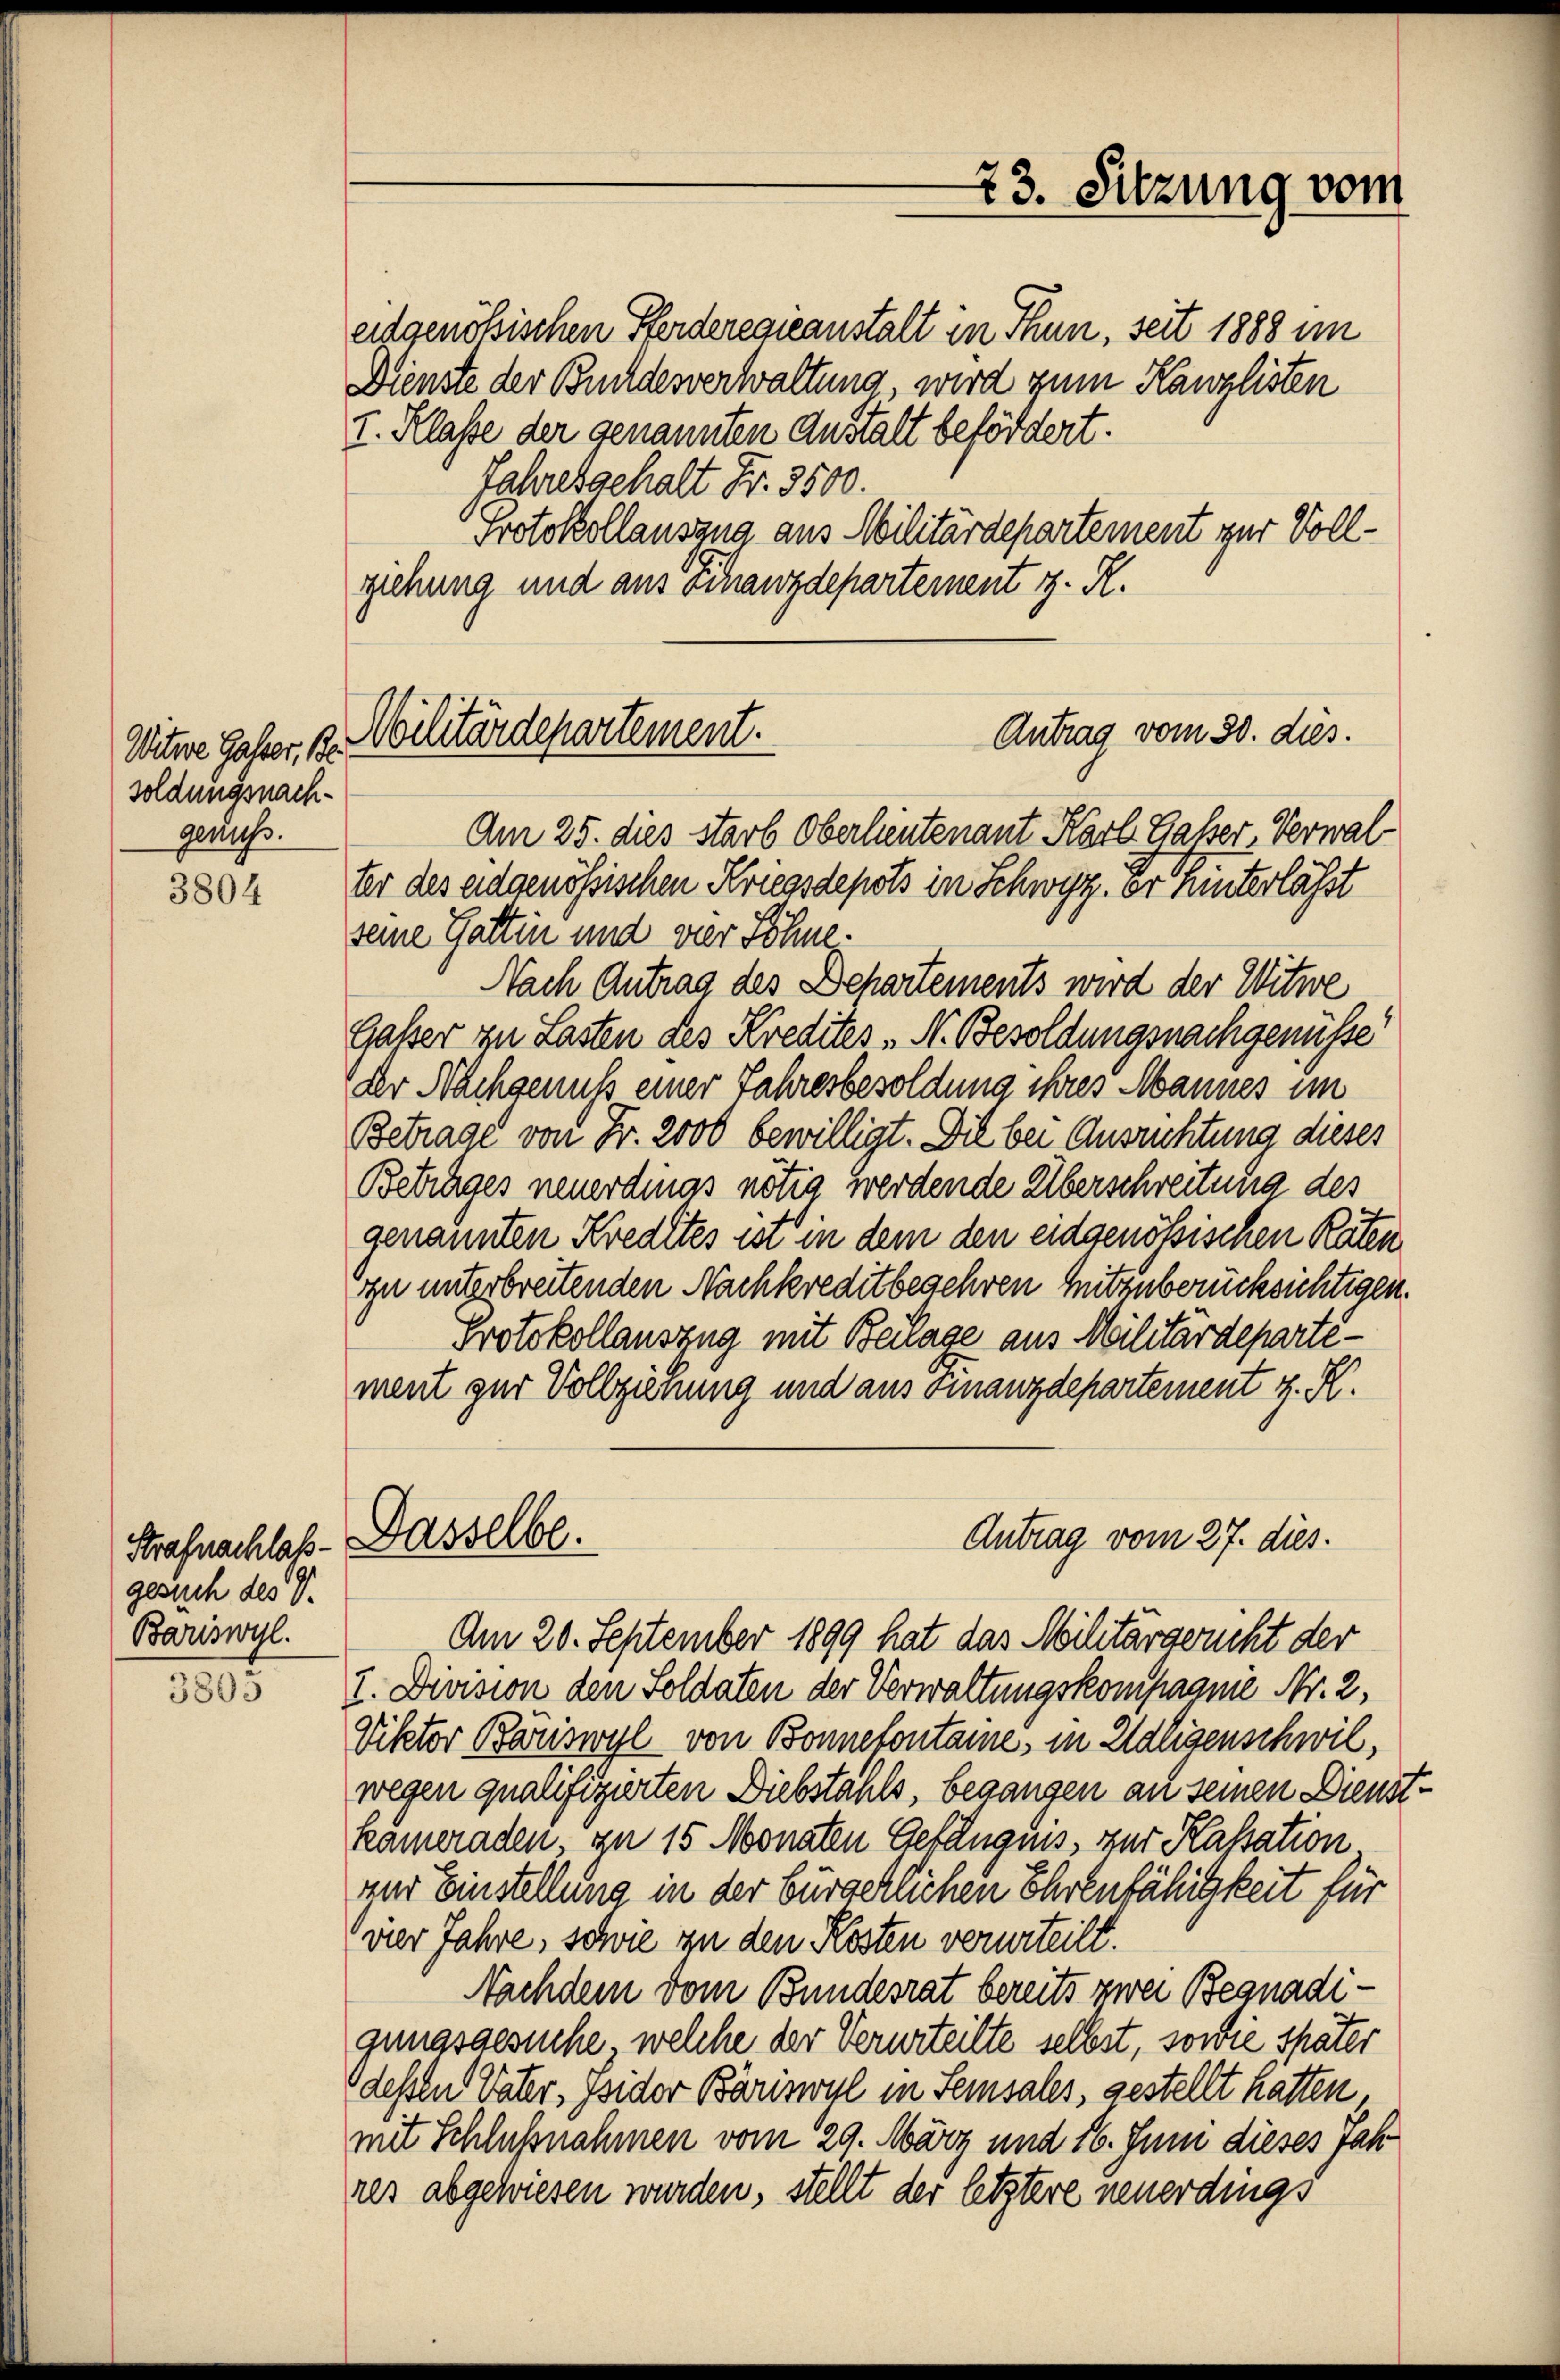
Witwe Galer, Be
soldungsnachgenuss.

3804

Strafnachlaßgesuch des V.
Bariswyl.

3805

73. Sitzung vom

eidgenößischen Pferderegieanstalt in Thun, seit 1888 im
Dienste der Bundesverwaltung wird zum Kanzlisten
I. Klasse der genannten Anstalt befördert.
Jahresgehalt Fr. 3500.
Protokollausang aus Militärdepartement zur Vollziehung und aus Finanzdepartement z. R.

Antrag vom 30. dies.
Militärdepartement.

Am 25. dies starb Oberleutenant Karl Gasser Verwalter des eidgenössischen Kriegsdepots in Schwyz, er hinterlässt
seine Gattin und vier Söhne.
Nach Antrag des Behartements wird der Witwe
Gaßer zu Lasten des Kredites N. Besoldungsnachgenüsse
Der Nachgenuss einer Jahresbesoldung ihres Mannes im
Betrage von Fr. 2000 bewilligt. Die bei Ausrichtung dieses
Betrages neuerdings nötig werdende Überschreitung des
genannten Kredites ist in dem den eidgenössischen Raten
ou unterbreitenden Nachkreditbegehren mitzuberücksichtigen.
Protokollauszug mit Beilage aus Militärdepartement zur Vollziehung und aus Finanzdepartement z. K.
Dasselbe.
Antrag vom 27. dies.
Am 20. September 1899 hat das Militärgericht der
I. Division den Soldaten der Verwaltungskompagnie Nr. 2,
Viktor Bariswyl von Bonnetontaire, in Kaligenschwil,
wegen qualifizierten Diebstahls, begangen an seinen Dienstkameraden, zu 15 Monaten Gefängnis, zur Kassation.
zur Einstellung in der bürgerlichen Ehrenfähigkeit für
vier Jahre, sowie zu den Kösten verurteilt.
Nachdem vom Bundesrat bereits zwei Begnadigunasgesuche, welche der Verurteilte selbst, sowie schäter
dessen Vater, Isidor Bäriswil in Seinsales, gestellt hätten,
mit Schlußnahmen vom 29. März und 16. Juni dieses Jahres abgewiesen wurden, stellt der letztere neuerdings